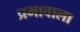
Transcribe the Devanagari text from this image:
प्रभावाला